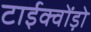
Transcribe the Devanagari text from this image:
टाईक्वोंड़ो